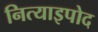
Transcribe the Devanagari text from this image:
नित्याइपोद